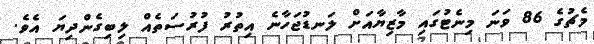
މެޗުގެ 86 ވަނަ މިނެޓުގައި މާޒިޔާއަށް ލަނޑުޖަހާނެ އިތުރު ފުރުސަތެއް ލިބިގެންދިޔަ އެވެ.